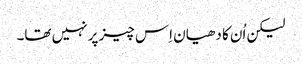
‏ لیکن اُن کا دھیان اِس چیز پر نہیں تھا۔